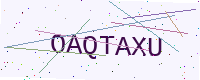
Text: OAQTAXU